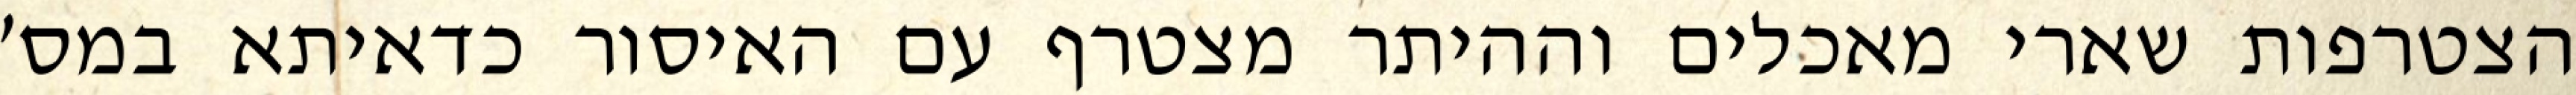
הצטרפות שארי מאכלים וההיתר מצטרף עם האיסור כדאיתא במס׳